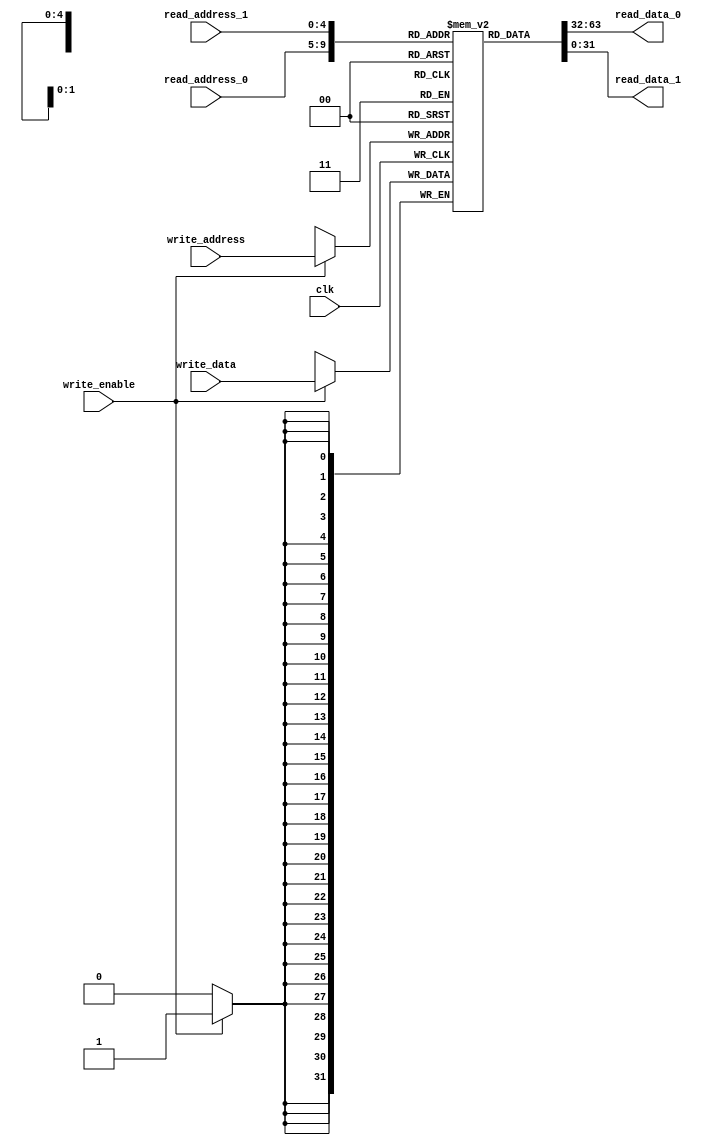
module register_file(input [4:0]   read_address_0,
                     output [31:0] read_data_0,
                     input [4:0]   read_address_1,
                     output [31:0] read_data_1, 
                     input [4:0]   write_address,
                     input [31:0]  write_data,
                     input         write_enable,
                     input         clk);
   

   reg [31:0] registers[31:0];

   always @(posedge clk) begin
      //$display("Data %h to register %d\n", write_data, write_address);
      if (write_enable) begin
         $display("Writing %d to register %d\n", write_data, write_address);
         
         registers[write_address] <= write_data;
      end

   end

   assign read_data_0 = registers[read_address_0];
   assign read_data_1 = registers[read_address_1];

endmodule